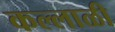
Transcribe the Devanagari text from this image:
कल्लाळी